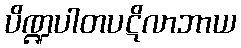
ပိဏ္ဍပါတပဋိလာဘာယ